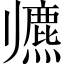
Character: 𱍶